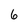
Character: 6